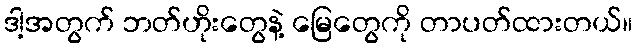
ဒါ့အတွက် ဘတ်ဟိုးတွေနဲ့ မြေတွေကို တာပတ်ထားတယ်။